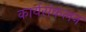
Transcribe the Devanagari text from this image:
कार्यसंकलन